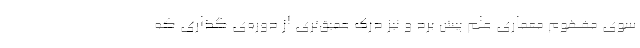
سوی مفهوم معماری علم پیش برد و نیز درک عمیق‌تری از دوره‌ی گذاری که